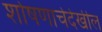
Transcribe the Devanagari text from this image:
शोषणाचेदेखील